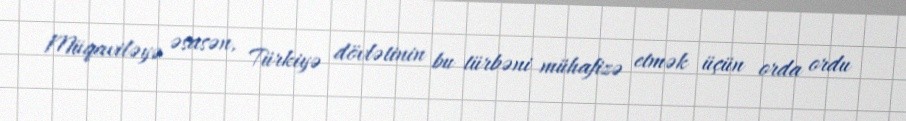
Müqaviləyə əsasən, Türkiyə dövlətinin bu türbəni mühafizə etmək üçün orda ordu